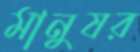
মানুষর